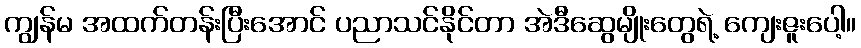
ကျွန်မ အထက်တန်းပြီးအောင် ပညာသင်နိုင်တာ အဲဒီဆွေမျိုးတွေရဲ့ ကျေးဇူးပေါ့။